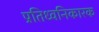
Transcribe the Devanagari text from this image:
प्रतिध्वनिकारक